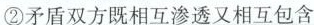
②矛盾双方既相互渗透又相互包含